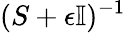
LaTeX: (S+\epsilon\mathbb{I})^{-1}